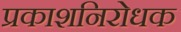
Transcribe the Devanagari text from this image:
प्रकाशनिरोधक